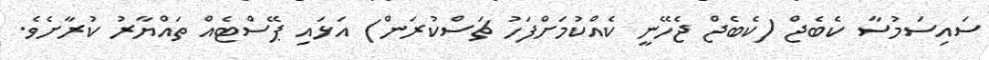
ސައިސަމުސާ ކެބެޖް (ކެބެޖް ޖެހޭނީ ކެއްކުމަށްފަހު ޗަސްކުރަން) އަޅައި ޕޭސްޓެއް ތައްޔާރު ކުރާށެވެ.